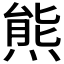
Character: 𱼑